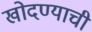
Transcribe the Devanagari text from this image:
खोदण्याची